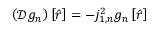
\left( \mathcal { D } g _ { n } \right) \left[ \hat { r } \right] = - j _ { 1 , n } ^ { 2 } g _ { n } \left[ \hat { r } \right]